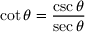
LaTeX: \cot \theta = { \frac { \csc \theta } { \sec \theta } }